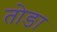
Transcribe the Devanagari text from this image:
तोङा